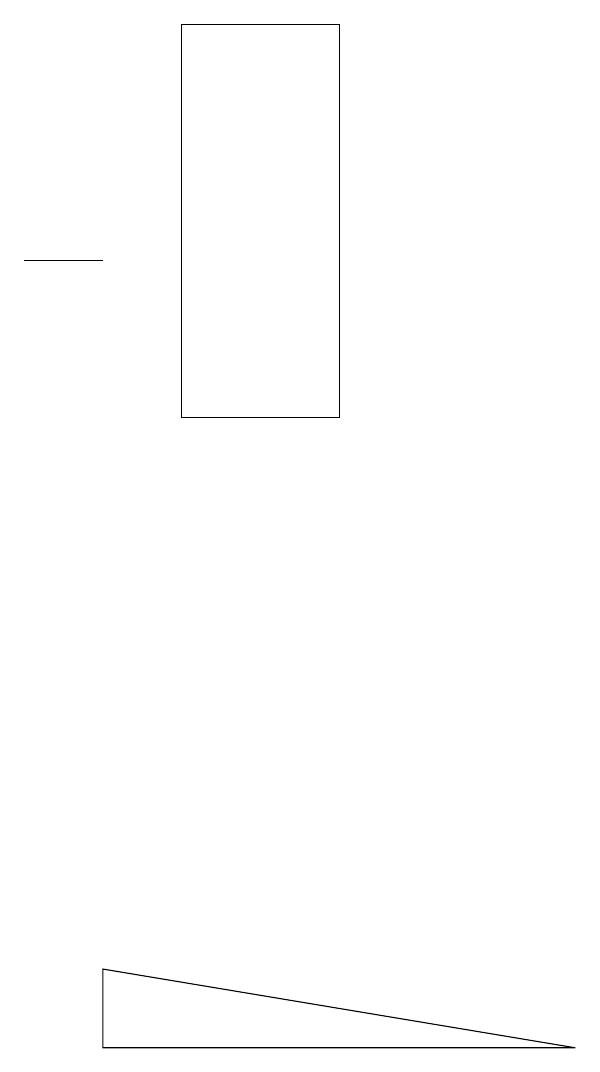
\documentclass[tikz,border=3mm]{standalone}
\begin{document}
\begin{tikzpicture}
\draw (9,3) -- (3,3) -- (3,4) -- cycle;
\draw (6,11) rectangle (4,16);
\draw (2,13) rectangle (3,13);
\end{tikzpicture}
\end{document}